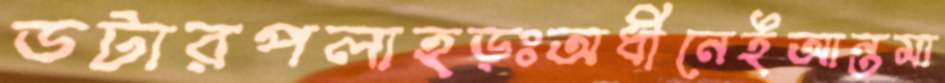
ডটারপলাহড়ঃঅধীনেইআন্তমা